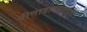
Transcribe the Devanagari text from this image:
वीणावादनतत्परा